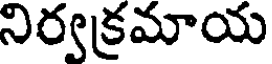
నిర్వక్రమాయ